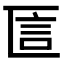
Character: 𠥵